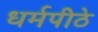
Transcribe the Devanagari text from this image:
धर्मपीठे